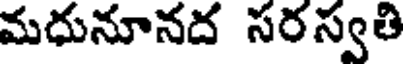
మధునూనద సరస్వతి